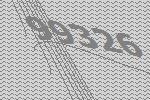
99326